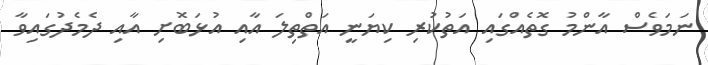
ނަމަވެސް އާންމު ގޮތެއްގައި އަތުކުރި ކިޔަނީ އަތްތިލަ އާއި އުޅަބޮށި އާއި ދެމެދުގައިވާ